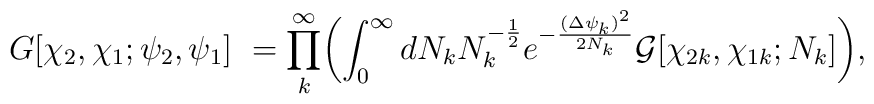
G [\chi_2, \chi_1; \psi_2, \psi_1] ~ = \prod_k^\infty \biggl( \int_0^\infty dN_k N_k^{-{1\over 2}} e^{-{{(\Delta \psi_k)}^2\over 2N_k}} {\cal G} [ \chi_{2k},\chi_{1k}; N_k ] \biggr),